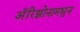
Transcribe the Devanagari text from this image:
अॅरिझोनामधुन